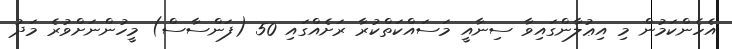
އެހެންކަމުން މި އިޢުލާންގައިވާ ސިނާއީ މަސައްކަތްކުރާ ރަށެއްގައި 50 (ފަންސާސް) މީހުންނަށްވުރެ މަދު